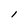
Character: l